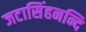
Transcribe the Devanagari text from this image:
जटासिंहनन्दि